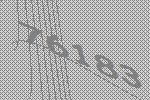
76183